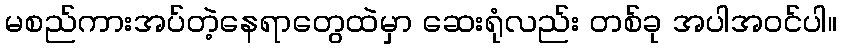
မစည်ကားအပ်တဲ့နေရာတွေထဲမှာ ဆေးရုံလည်း တစ်ခု အပါအဝင်ပါ။